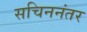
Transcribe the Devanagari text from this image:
सचिननंतर